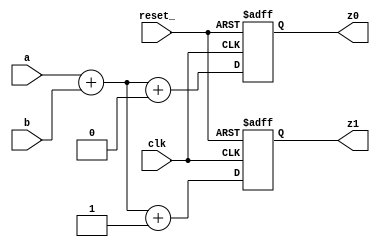

module merge_design(clk, reset_, a, b, z0, z1);

    input clk;
    input reset_;

    input           [7:0] a;
    input           [7:0] b;
    output reg      [7:0] z0;
    output reg      [7:0] z1;

    always @(posedge clk, negedge reset_)
        if (!reset_) begin
            z0 <= 8'd0;
            z1 <= 8'd0;
        end
        else begin
            z0 <= a + b + 1'b0;
            z1 <= a + b + 1'b1;
        end

endmodule